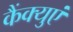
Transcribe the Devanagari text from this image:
कैंक्युएं